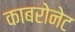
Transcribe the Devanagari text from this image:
काबरोनेट